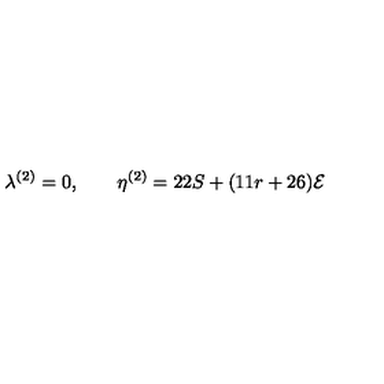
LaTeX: \lambda ^ { ( 2 ) } = 0 , \qquad \eta ^ { ( 2 ) } = 2 2 S + ( 1 1 r + 2 6 ) { \cal { E } }